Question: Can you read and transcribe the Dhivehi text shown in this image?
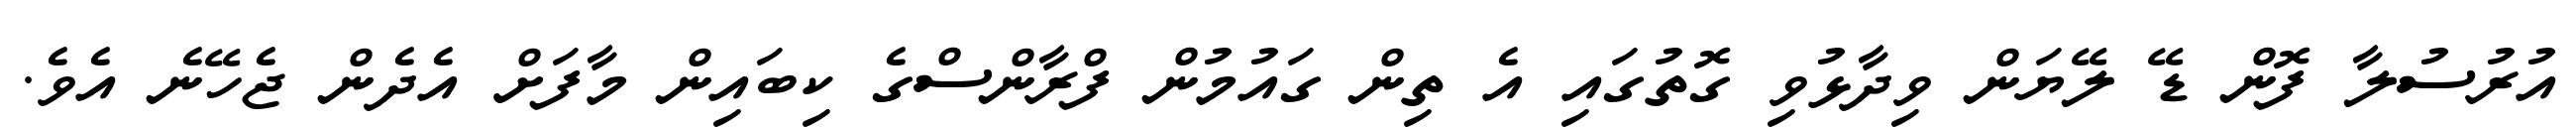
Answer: އުރުސުލާ ފޮން ޑޭ ލޭޔަން ވިދާޅުވި ގޮތުގައި އެ ތިން ގައުމުން ފްރާންސްގެ ކިބައިން މާފަށް އެދެން ޖެހޭނެ އެވެ.